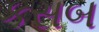
કસબ